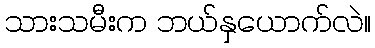
သားသမီးက ဘယ်နှယောက်လဲ။